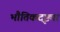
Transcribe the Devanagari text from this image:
भौतिकदृष्ट्या